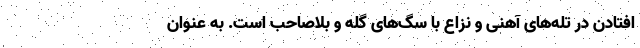
افتادن در تله‌های آهنی و نزاع با سگ‌های گله و بلاصاحب است. به عنوان